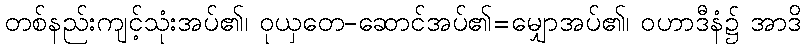
တစ်နည်းကျင့်သုံးအပ်၏၊ ဝုယှတေ-ဆောင်အပ်၏=မျှောအပ်၏၊ ဝဟာဒီနံ၌ အာဒိ